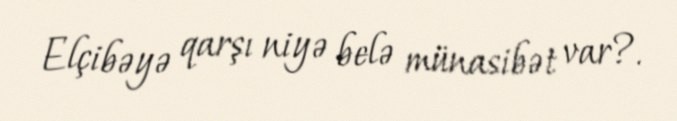
Elçibəyə qarşı niyə belə münasibət var?.